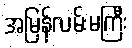
အမြန်လမ်းမကြီး